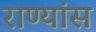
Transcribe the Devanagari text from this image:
राण्यांस